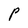
Character: p